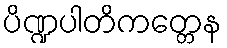
ပိဏ္ဍပါတိကတ္တေန